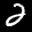
Label: 2